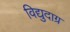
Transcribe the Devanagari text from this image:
विद्युदाग्र